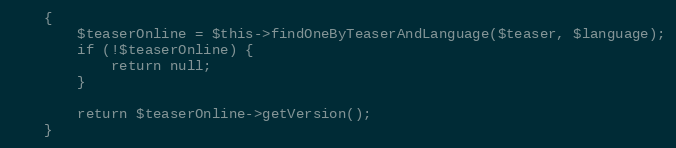
Language: PHP
    {
        $teaserOnline = $this->findOneByTeaserAndLanguage($teaser, $language);
        if (!$teaserOnline) {
            return null;
        }

        return $teaserOnline->getVersion();
    }